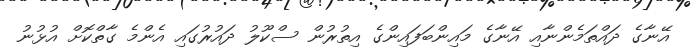
އޭނާގެ ދައްތަމެންނާއި އޭނާގެ މައިންބަފައިންގެ އިތުރުން ސްކޫލު ދައުރުގައި އެންމެ ގާތްކޮށް އުޅުނު